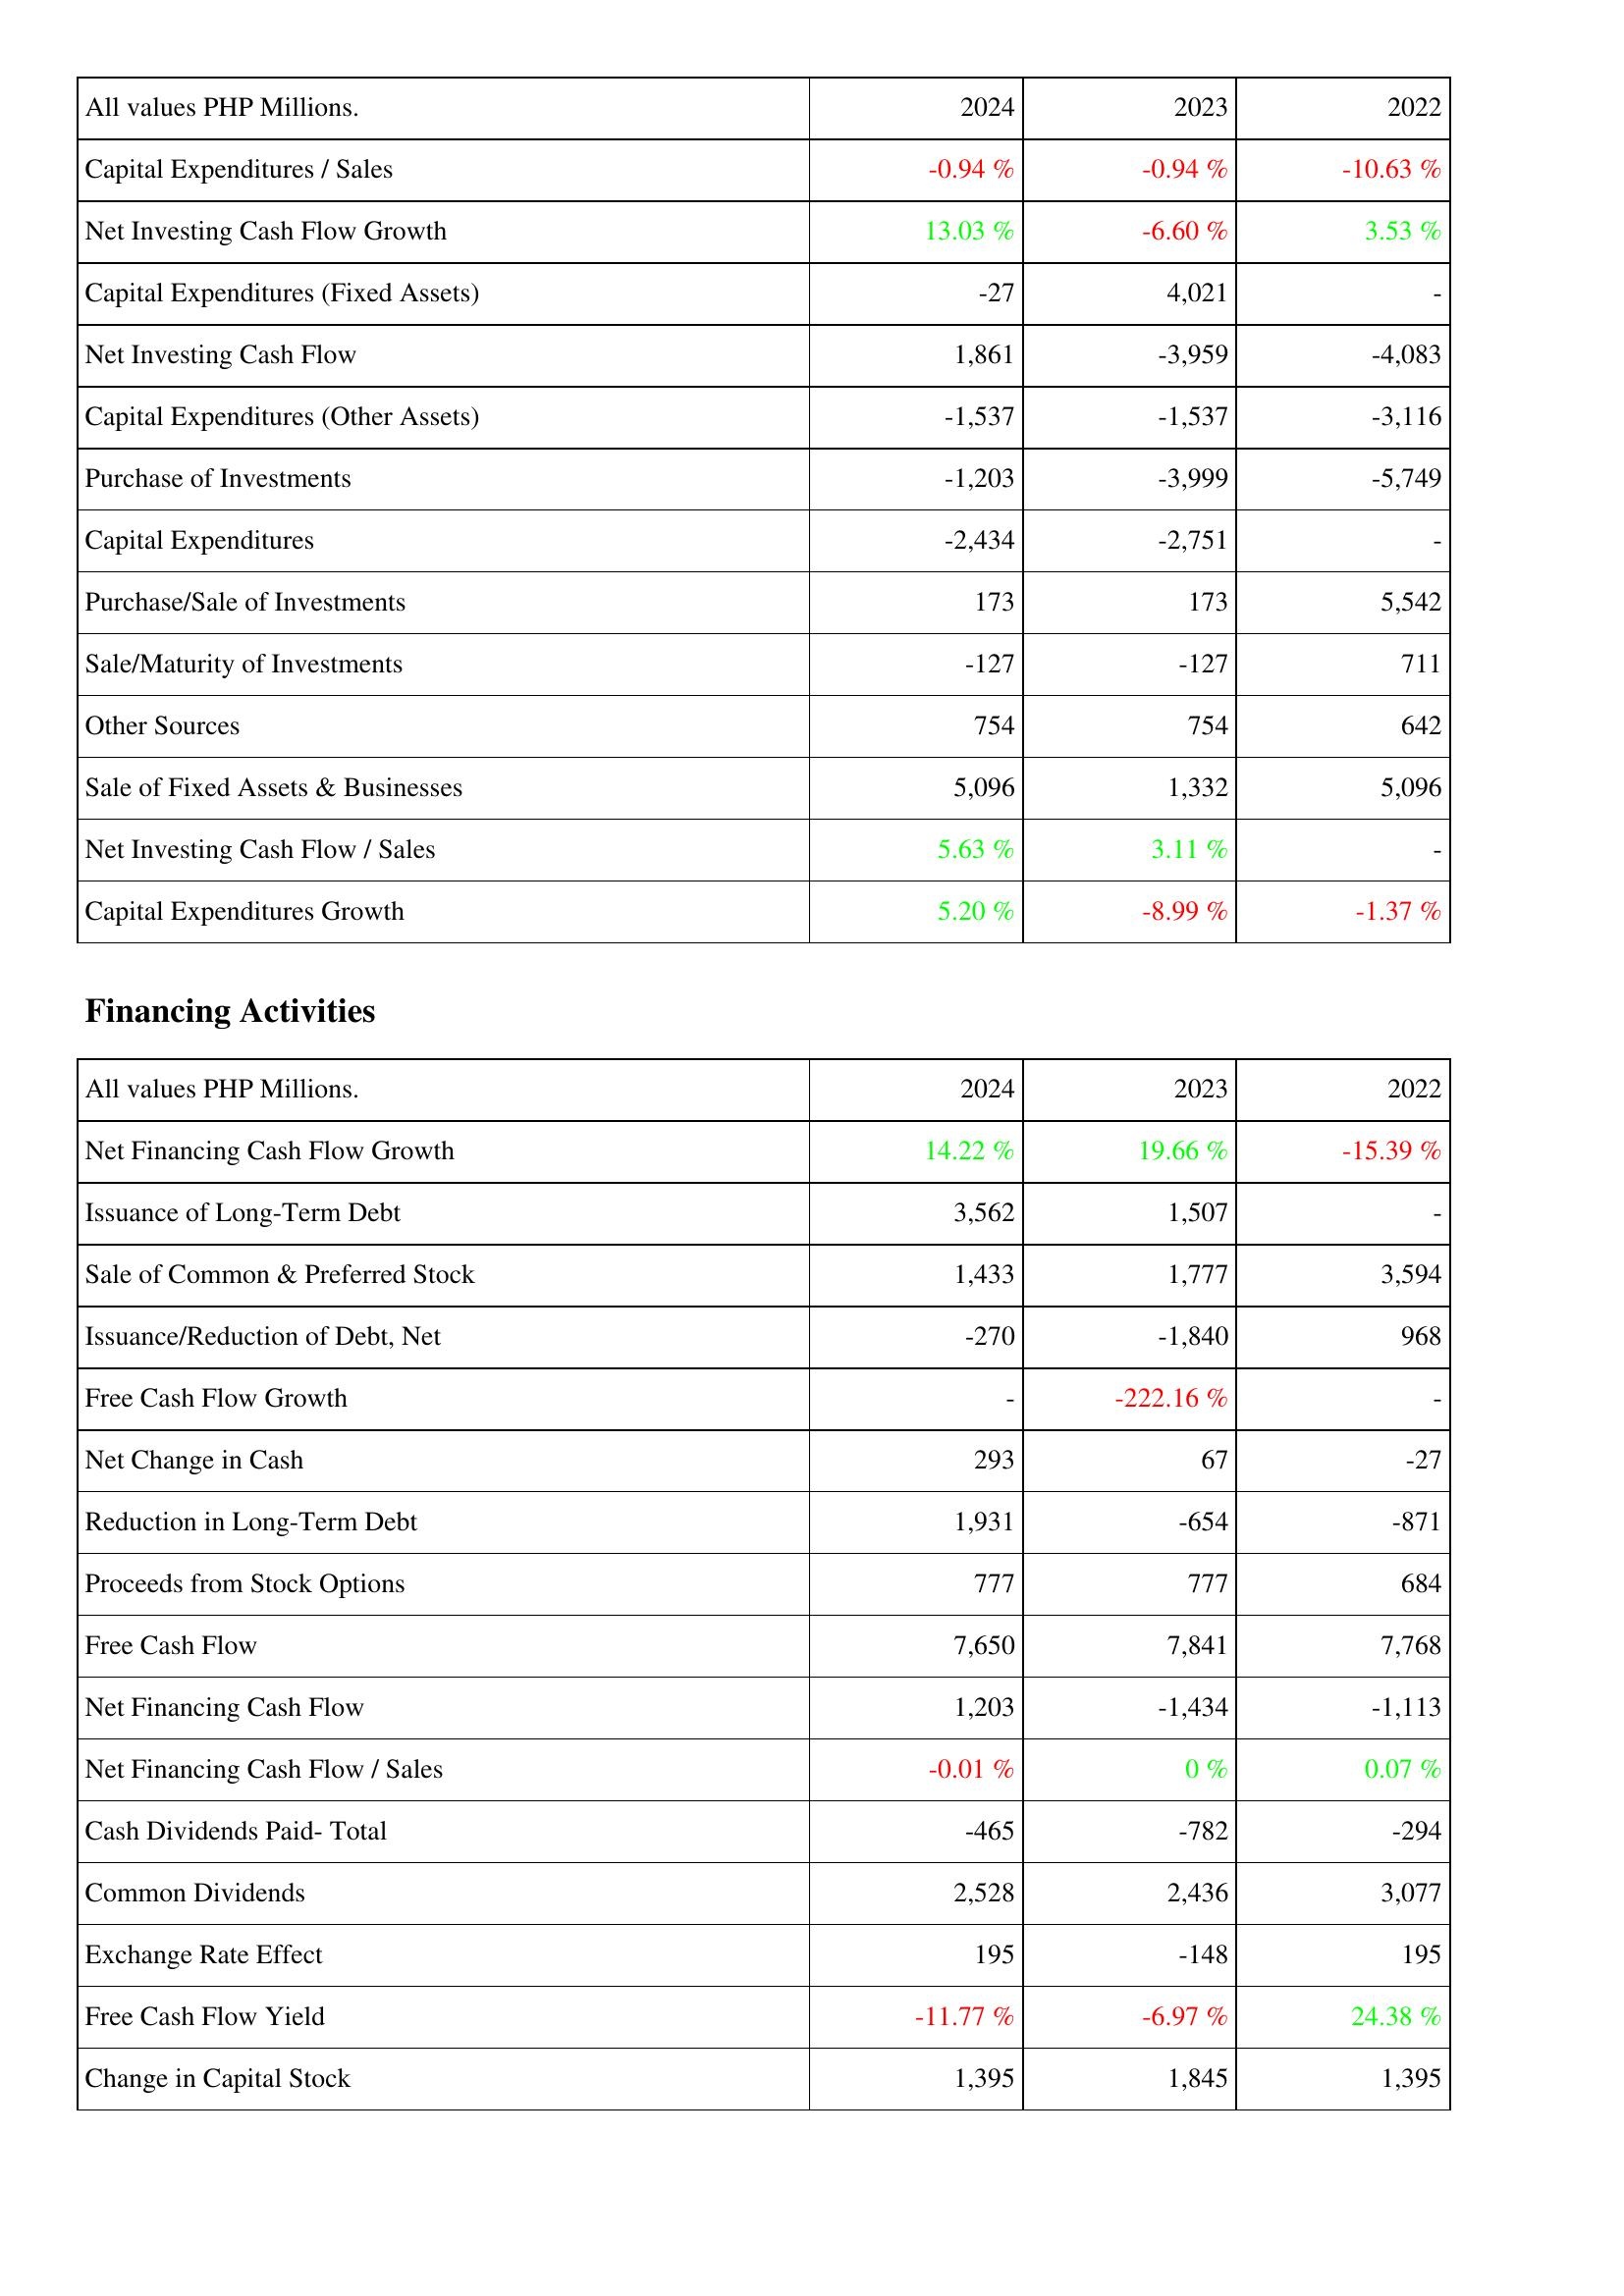
2024: Investing Activities: Capital Expenditures / Sales: -0.94 %
Net Investing Cash Flow Growth: 13.03 %
Capital Expenditures (Fixed Assets): -27
Net Investing Cash Flow: 1,861
Capital Expenditures (Other Assets): -1,537
Purchase of Investments: -1,203
Capital Expenditures: -2,434
Purchase/Sale of Investments: 173
Sale/Maturity of Investments: -127
Other Sources: 754
Sale of Fixed Assets & Businesses: 5,096
Net Investing Cash Flow / Sales: 5.63 %
Capital Expenditures Growth: 5.20 %
Financing Activities: Net Financing Cash Flow Growth: 14.22 %
Issuance of Long-Term Debt: 3,562
Sale of Common & Preferred Stock: 1,433
Issuance/Reduction of Debt, Net: -270
Free Cash Flow Growth: -
Net Change in Cash: 293
Reduction in Long-Term Debt: 1,931
Proceeds from Stock Options: 777
Free Cash Flow: 7,650
Net Financing Cash Flow: 1,203
Net Financing Cash Flow / Sales: -0.01 %
Cash Dividends Paid- Total: -465
Common Dividends: 2,528
Exchange Rate Effect: 195
Free Cash Flow Yield: -11.77 %
Change in Capital Stock: 1,395
2023: Investing Activities: Capital Expenditures / Sales: -0.94 %
Net Investing Cash Flow Growth: -6.60 %
Capital Expenditures (Fixed Assets): 4,021
Net Investing Cash Flow: -3,959
Capital Expenditures (Other Assets): -1,537
Purchase of Investments: -3,999
Capital Expenditures: -2,751
Purchase/Sale of Investments: 173
Sale/Maturity of Investments: -127
Other Sources: 754
Sale of Fixed Assets & Businesses: 1,332
Net Investing Cash Flow / Sales: 3.11 %
Capital Expenditures Growth: -8.99 %
Financing Activities: Net Financing Cash Flow Growth: 19.66 %
Issuance of Long-Term Debt: 1,507
Sale of Common & Preferred Stock: 1,777
Issuance/Reduction of Debt, Net: -1,840
Free Cash Flow Growth: -222.16 %
Net Change in Cash: 67
Reduction in Long-Term Debt: -654
Proceeds from Stock Options: 777
Free Cash Flow: 7,841
Net Financing Cash Flow: -1,434
Net Financing Cash Flow / Sales: 0 %
Cash Dividends Paid- Total: -782
Common Dividends: 2,436
Exchange Rate Effect: -148
Free Cash Flow Yield: -6.97 %
Change in Capital Stock: 1,845
2022: Investing Activities: Capital Expenditures / Sales: -10.63 %
Net Investing Cash Flow Growth: 3.53 %
Capital Expenditures (Fixed Assets): -
Net Investing Cash Flow: -4,083
Capital Expenditures (Other Assets): -3,116
Purchase of Investments: -5,749
Capital Expenditures: -
Purchase/Sale of Investments: 5,542
Sale/Maturity of Investments: 711
Other Sources: 642
Sale of Fixed Assets & Businesses: 5,096
Net Investing Cash Flow / Sales: -
Capital Expenditures Growth: -1.37 %
Financing Activities: Net Financing Cash Flow Growth: -15.39 %
Issuance of Long-Term Debt: -
Sale of Common & Preferred Stock: 3,594
Issuance/Reduction of Debt, Net: 968
Free Cash Flow Growth: -
Net Change in Cash: -27
Reduction in Long-Term Debt: -871
Proceeds from Stock Options: 684
Free Cash Flow: 7,768
Net Financing Cash Flow: -1,113
Net Financing Cash Flow / Sales: 0.07 %
Cash Dividends Paid- Total: -294
Common Dividends: 3,077
Exchange Rate Effect: 195
Free Cash Flow Yield: 24.38 %
Change in Capital Stock: 1,395